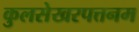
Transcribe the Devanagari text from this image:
कुलसेखरपत्तनम